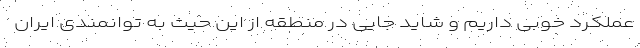
عملکرد خوبی داریم و شاید جایی در منطقه از این حیث به توانمندی ایران